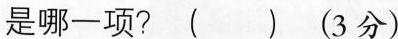
是哪一项? ( ) (3分)